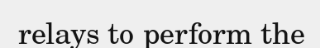
relays to perform the